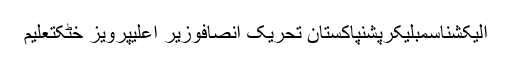
الیکشناسمبلیکرپشنپاکستان تحریک انصافوزیر اعلیٰپرویز خٹکتعلیم